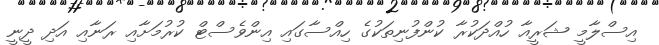
އިސްލާމީ ޝަރީއާ ހުއްދަކުރާ ކުންފުނިތަކުގެ ހިއްސާގައި އިންވެސްޓް ކުރުމަށާއި ރަނާއި އަދި ދީނީ